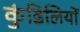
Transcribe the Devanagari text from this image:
कुंडिलियों